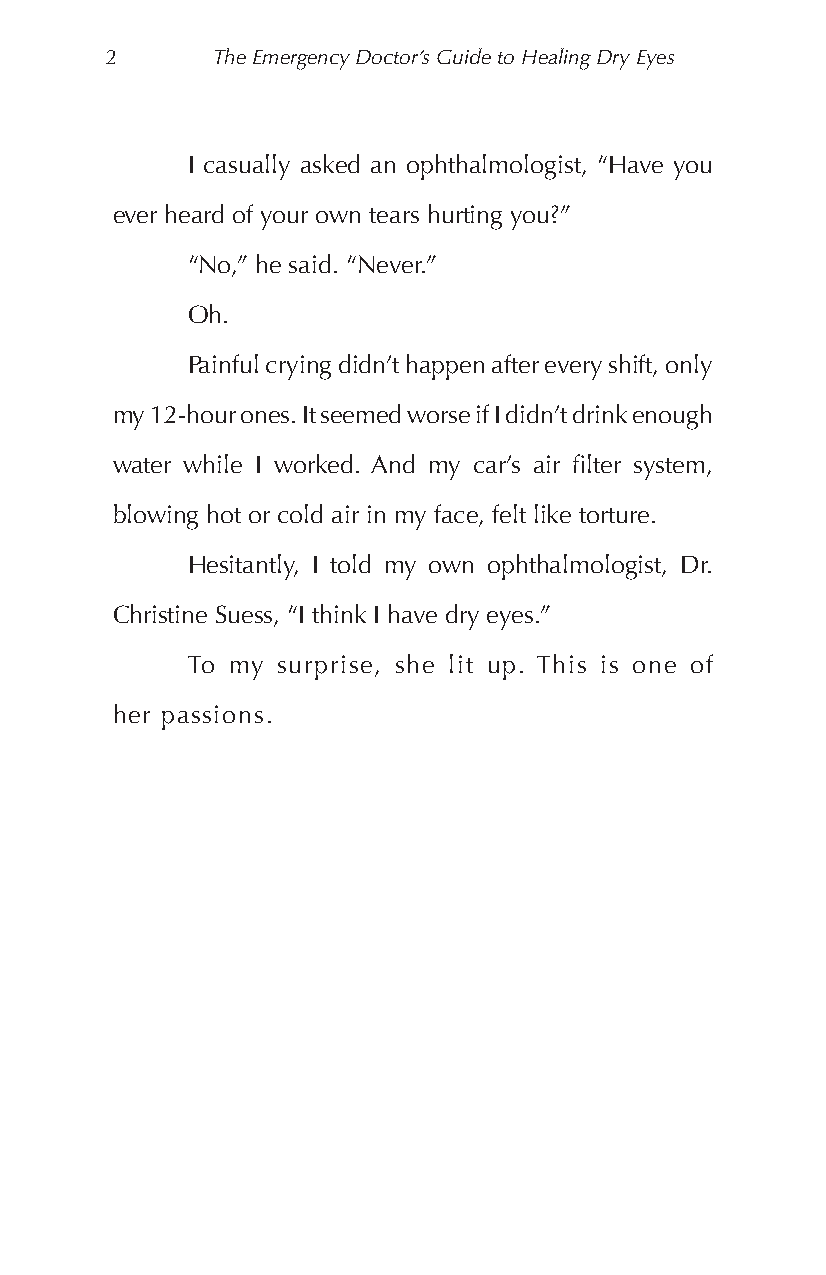
2      The Emergency Doctor’s Guide to Healing Dry Eyes
 I casually asked an ophthalmologist, “Have you
 ever heard of your own tears hurting you?”
 “No,” he said. “Never.”
 Oh.
 Painful crying didn’t happen after every shift, only
 my 12-hour ones. It seemed worse if I didn’t drink enough
 water while I worked. And my car’s air filter system,
 blowing hot or cold air in my face, felt like torture.
 Hesitantly, I told my own ophthalmologist, Dr.
 Christine Suess, “I think I have dry eyes.”
 To my surprise, she lit up. This is one of
 her passions.